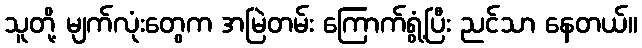
သူတို့ မျက်လုံးတွေက အမြဲတမ်း ကြောက်ရွံ့ပြီး ညင်သာ နေတယ်။